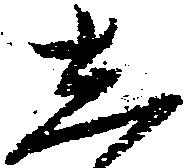
し